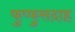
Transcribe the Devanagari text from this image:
फुप्फुसदाह